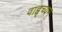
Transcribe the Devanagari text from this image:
वाह्वृच्यम्